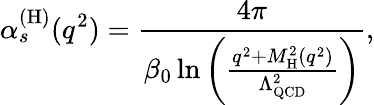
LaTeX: \alpha_{s}^{(\mathrm{H)}}(q^{2})=\frac{4\pi}{\beta_{0}\ln\left(\frac{q^{2}+M_{\mathrm{H}}^{2}(q^{2})}{\Lambda_{\mathrm{QCD}}^{2}}\right)},